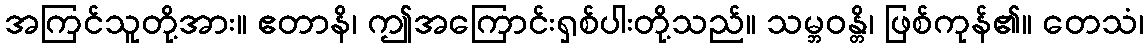
အကြင်သူတို့အား။ ဧတာနိ၊ ဤအကြောင်းရှစ်ပါးတို့သည်။ သမ္ဘဝန္တိ၊ ဖြစ်ကုန်၏။ တေသံ၊